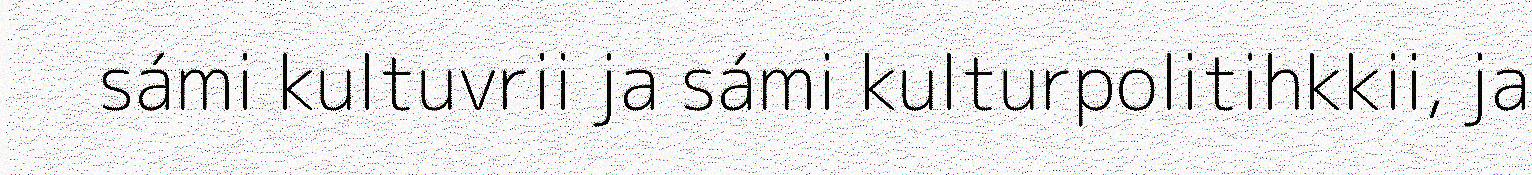
sámi kultuvrii ja sámi kulturpolitihkkii, ja